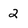
Character: 2